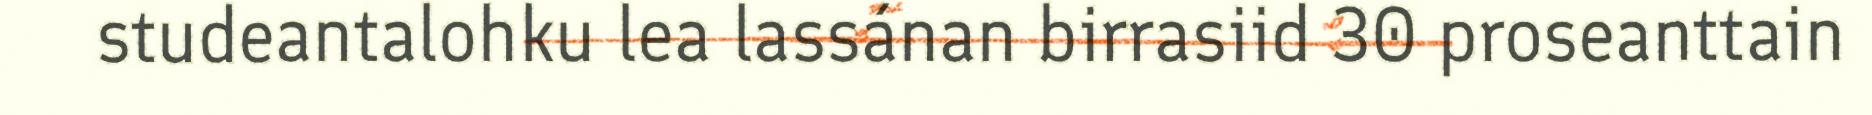
studeantalohku lea lassánan birrasiid 30 proseanttain